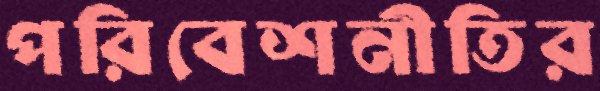
পরিবেশনীতির